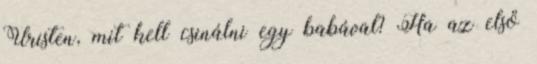
Úristen, mit kell csinálni egy babával? Ha az első